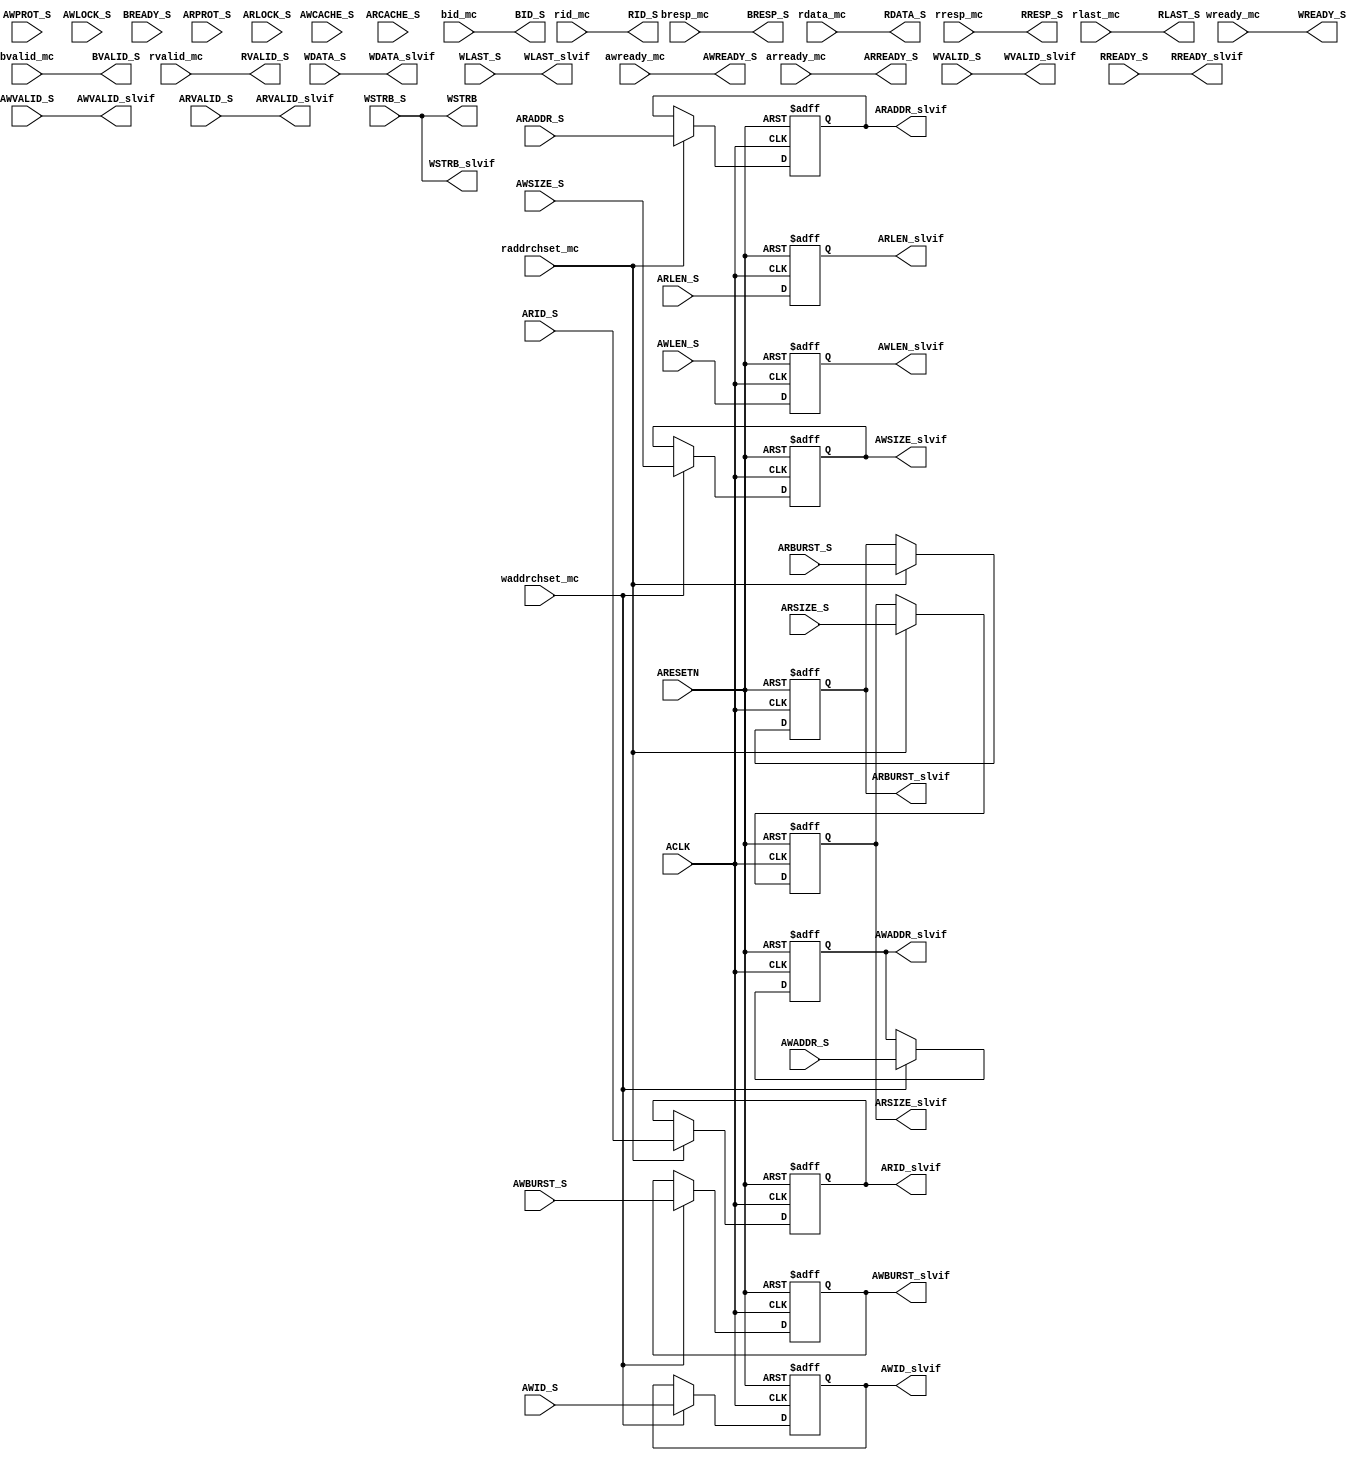
// ********************************************************************/
// Actel Corporation Proprietary and Confidential
//  Copyright 2011 Actel Corporation.  All rights reserved.
//
// ANY USE OR REDISTRIBUTION IN PART OR IN WHOLE MUST BE HANDLED IN
// ACCORDANCE WITH THE ACTEL LICENSE AGREEMENT AND MUST BE APPROVED
// IN ADVANCE IN WRITING.
//
// Description:  CoreAXI4SRAM_SLVIF
//               
//               
//
//
// Revision Information:
// Date     Description
//
// SVN Revision Information:
// SVN $Revision: 4805 $
// SVN $Date: 2012-06-21 17:48:48 +0530 (Thu, 21 Jun 2012) $
//
// Resolved SARs
// SAR      Date     Who   Description
//
// Notes:
//
//               
//
//  Structure:
//            CoreAXI4SRAM (TOP) _   
//                               |
//                               |_ CoreAXI4_SLVIF
//                               |
//                               |_ CoreAXI4_MainCtrl
//               
//
// ********************************************************************/
module LSRAM_COREAXI4SRAM_0_CoreAXI4SRAM_SLVIF(
                          ACLK,
                          ARESETN,
                          AWID_S,
                          AWADDR_S,
                          AWLEN_S,
                          AWSIZE_S,
                          AWBURST_S,
                          AWCACHE_S,
                          AWPROT_S,
                          AWLOCK_S,
                          AWVALID_S,
                          AWREADY_S,
                          WDATA_S,
                          WSTRB_S,
                          WLAST_S,
                          WVALID_S,
                          WREADY_S,
                          BID_S,
                          BRESP_S,
                          BVALID_S,
                          BREADY_S,
                          ARID_S,
                          ARADDR_S,
                          ARLEN_S,
                          ARSIZE_S,
                          ARBURST_S,
                          ARCACHE_S,
                          ARPROT_S,
                          ARLOCK_S,
                          ARVALID_S,
                          ARREADY_S,
                          RID_S,
                          RDATA_S,
                          RRESP_S,
                          RLAST_S,
                          RVALID_S,
                          RREADY_S,

                          // From Main Control block
                          waddrchset_mc,
                          raddrchset_mc,
                          awready_mc,
                          wready_mc,
                          arready_mc,
                          bvalid_mc,
                          bid_mc,
                          bresp_mc,
                          rvalid_mc,
                          rid_mc,
                          rresp_mc,
                          rlast_mc,
                          rdata_mc,
                          // To Main Control block
                          AWID_slvif,
                          AWVALID_slvif,
                          AWSIZE_slvif,
                          AWLEN_slvif,
                          AWADDR_slvif,
                          AWBURST_slvif,
                          WDATA_slvif,
                          WSTRB_slvif,
                          WLAST_slvif,
                          WVALID_slvif,
                          ARID_slvif,
                          ARVALID_slvif,
                          ARBURST_slvif,
                          ARSIZE_slvif,
                          ARADDR_slvif,
                          ARLEN_slvif,
                          RREADY_slvif,
                          WSTRB

                          );


   // --------------------------------------------------------------------------
   // PARAMETER Declaration
   // --------------------------------------------------------------------------
  // parameter FAMILY           = 19;
   parameter AXI4_DWIDTH      = 64;
   parameter AXI4_AWIDTH      = 32;
   parameter AXI4_IFTYPE_WR   = 1;
   parameter AXI4_IFTYPE_RD   = 1;
   parameter SEL_SRAM_TYPE    = 1;
   parameter MEM_DEPTH        = 512;
   parameter PIPE          = 1;
   parameter AXI4_IDWIDTH     = 4;

   // -------------------------------------------------------------------------
   // I/O Signals
   // -------------------------------------------------------------------------
   // Clock and Clock control signals
   input               ACLK;
   input               ARESETN;
   // AXI4 Slave interface signals
   input [AXI4_IDWIDTH - 1:0] AWID_S;
   input [AXI4_AWIDTH - 1:0]  AWADDR_S;
   input [7:0]                AWLEN_S;
   input [2:0]                AWSIZE_S;
   input [1:0]                AWBURST_S;
   input [3:0]                AWCACHE_S;
   input [2:0]                AWPROT_S;
   input [1:0]                AWLOCK_S;
   input                      AWVALID_S;
   output                     AWREADY_S;
   input [AXI4_DWIDTH - 1:0]  WDATA_S;
   input [AXI4_DWIDTH/8-1:0]  WSTRB_S;
   input                      WLAST_S;
   input                      WVALID_S;
   output                     WREADY_S;
   output [AXI4_IDWIDTH - 1:0] BID_S;
   output [1:0]                BRESP_S;
   output                      BVALID_S;
   input                       BREADY_S;
   input [AXI4_IDWIDTH - 1:0]  ARID_S;
   input [AXI4_AWIDTH - 1:0]   ARADDR_S;
   input [7:0]                 ARLEN_S;
   input [2:0]                 ARSIZE_S;
   input [1:0]                 ARBURST_S;
   input [3:0]                 ARCACHE_S;
   input [2:0]                 ARPROT_S;
   input [1:0]                 ARLOCK_S;
   input                       ARVALID_S;
   output                      ARREADY_S;
   output [AXI4_IDWIDTH - 1:0] RID_S;
   output [AXI4_DWIDTH - 1:0]  RDATA_S;
   output [1:0]                RRESP_S;
   output                      RLAST_S;
   output                      RVALID_S;
   input                       RREADY_S;
   // From Main Control block
   input                       waddrchset_mc;
   input                       raddrchset_mc;
   input                       awready_mc;
   input                       wready_mc;
   input                       arready_mc;
   input                       bvalid_mc;   
   input [AXI4_IDWIDTH-1:0]    bid_mc;  
   input [1:0]                 bresp_mc; 
   input                       rvalid_mc;   
   input [AXI4_IDWIDTH-1:0]    rid_mc;  
   input [1:0]                 rresp_mc; 
   input                       rlast_mc;
   input [AXI4_DWIDTH - 1:0]   rdata_mc;
   
   // To Main Control block
   output [AXI4_IDWIDTH - 1: 0] AWID_slvif;
   output                       AWVALID_slvif;   
   output [AXI4_AWIDTH - 1:0]   AWADDR_slvif;
   output [2:0]                 AWSIZE_slvif;
   output [7:0]                 AWLEN_slvif;
   output [1:0]                 AWBURST_slvif;
   output [AXI4_DWIDTH - 1:0]   WDATA_slvif;
   output [AXI4_DWIDTH/8-1:0]   WSTRB_slvif;
   output                       WLAST_slvif;
   output                       WVALID_slvif;
   output [AXI4_IDWIDTH - 1: 0] ARID_slvif;
   output                       ARVALID_slvif;
   output [1:0]                 ARBURST_slvif;   
   output [AXI4_AWIDTH - 1:0]   ARADDR_slvif;
   output [2:0]                 ARSIZE_slvif;
   output [7:0]                 ARLEN_slvif;
   output                       RREADY_slvif;
   output [AXI4_DWIDTH/8-1:0]   WSTRB;
   
   // --------------------------------------------------------------------------
   // Internal signals
   // --------------------------------------------------------------------------
   reg [AXI4_IDWIDTH - 1:0]    AWID_slvif;
   reg [AXI4_AWIDTH - 1:0]     AWADDR_slvif;
   reg [2:0]                   AWSIZE_slvif;
   reg [7:0]                   AWLEN_slvif;
   reg [1:0]                   AWBURST_slvif;
   reg [AXI4_IDWIDTH - 1:0]    ARID_slvif;
   reg [AXI4_AWIDTH - 1:0]     ARADDR_slvif;
   reg [2:0]                   ARSIZE_slvif;
   reg [1:0]                   ARBURST_slvif;
   reg [7:0]                   ARLEN_slvif;
   reg [AXI4_DWIDTH - 1:0]     WDATA_slvif;
   reg [AXI4_DWIDTH/8-1:0]     WSTRB_slvif;
   reg [AXI4_DWIDTH/8-1:0]     WSTRB;
   reg                         WLAST_slvif;
   reg                         WVALID_slvif;

   wire                        AWVALID_slvif;   
   wire                        AWREADY_S;
   wire                        ARREADY_S;
   wire                        WREADY_S;
   wire                        ARVALID_slvif;   
   wire [AXI4_IDWIDTH - 1:0]   RID_S;
   wire [AXI4_DWIDTH - 1:0]    RDATA_S;
   wire [1:0]                  RRESP_S;
   wire                        RLAST_S;
   wire                        RVALID_S;

   // --------------------------------------------------------------------------
   // ||||||||||||||||||||||||||||||||||||||||||||||||||||||||||||||||||||||||||
   // ||                                                                      ||
   // ||                     Start - of - Code                                ||
   // ||                                                                      ||
   // ||||||||||||||||||||||||||||||||||||||||||||||||||||||||||||||||||||||||||
   // --------------------------------------------------------------------------

   // ------------------------------------ //
   // Latch the write/read channel signals //
   // ------------------------------------ //
   always @(posedge ACLK or negedge ARESETN) begin
      if(ARESETN == 1'b0) begin
         AWADDR_slvif  <= 'h0;
         AWID_slvif    <= 'h0;
         AWBURST_slvif <= 'h0;
         AWSIZE_slvif  <= 'h0;
         AWLEN_slvif   <= 'h0;

         ARADDR_slvif  <= 'h0;
         ARID_slvif    <= 'h0;
         ARBURST_slvif <= 'h0;
         ARSIZE_slvif  <= 'h0;
         ARLEN_slvif   <= 'h0;
      end
      else begin
         // From Main Control block: WR FSM 
         if(waddrchset_mc == 1'b1) begin
            AWADDR_slvif  <= AWADDR_S;
            AWID_slvif    <= AWID_S;
            AWBURST_slvif <= AWBURST_S;
            AWSIZE_slvif  <= AWSIZE_S;
         end
         
         AWLEN_slvif   <= AWLEN_S;
         
         // From Main Control block: RD FSM 
         if(raddrchset_mc == 1'b1) begin
            ARADDR_slvif  <= ARADDR_S;
            ARID_slvif    <= ARID_S;
            ARBURST_slvif <= ARBURST_S;
            ARSIZE_slvif  <= ARSIZE_S;
         end
         ARLEN_slvif   <= ARLEN_S;
      end
   end

   assign AWVALID_slvif = AWVALID_S;
   assign ARVALID_slvif = ARVALID_S;   
   assign RREADY_slvif  = RREADY_S;
   
   // ---------------------------------------------- //
   // Latch the write data channel signals           //
   // These signals are output to Main Control block //
   // ---------------------------------------------- //
   always @(*) begin  // perf  
         WLAST_slvif    = WLAST_S;
         WSTRB_slvif    = WSTRB_S;
         WDATA_slvif    = WDATA_S;
   end

   always @(*) begin
      WVALID_slvif   = WVALID_S;
      WSTRB          = WSTRB_S;      
   end
   // ------------------------------------------------------------------------ //
   // Generate the ready signals for write address/read address and write data //
   // ------------------------------------------------------------------------ //
   assign AWREADY_S = (AXI4_IFTYPE_WR) ? awready_mc : 1'b0;
   assign ARREADY_S = (AXI4_IFTYPE_RD) ? arready_mc : 1'b0;
   assign WREADY_S  = (AXI4_IFTYPE_WR) ? wready_mc  : 1'b0;  
   
   // ------------------------------------------------------------------- //
   // Generate the Write response channel output signals to the top-level //
   // ------------------------------------------------------------------- //
   assign BVALID_S = bvalid_mc;
   assign BRESP_S  = bresp_mc;
   assign BID_S    = bid_mc;

   // ----------------------------------------------------------------------- //
   // Generate the Read data response channel output signals to the top-level //
   // ----------------------------------------------------------------------- //
   assign RVALID_S = rvalid_mc;
   assign RRESP_S  = rresp_mc;
   assign RID_S    = rid_mc;
   assign RLAST_S  = rlast_mc;
   assign RDATA_S  = rdata_mc;
   


endmodule // LSRAM_COREAXI4SRAM_0_CoreAXI4SRAM